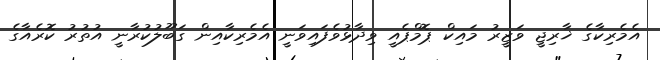
އެމެރިކާގެ ޚާރިޖީ ވަޒީރު މައިކް ޕޮމްޕެއީ ވިދާޅުވެފައިވަނީ އެމެރިކާއިން ގަބޫލުކުރާނީ އުތުރު ކޮރެއާގެ